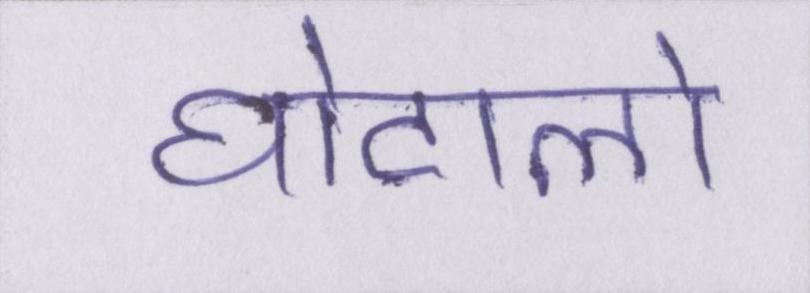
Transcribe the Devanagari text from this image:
घोटालो